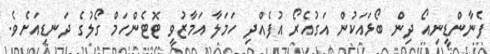
ފެނާންޑީނިއޯ ދިން ބޯޅައަކުން އަގުއެރޯ އުފެއްދި ހަމަލާ އަމާޒުވީ ޓޮޓެންހަމް ގޯލުގެ ދަނޑިއަށެވެ.